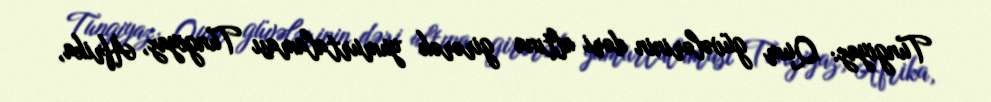
Tungiyaz: Qum güvələrinin dəri altına girərək yumurtalaması Tungiyaz, Afrika,